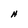
Character: H